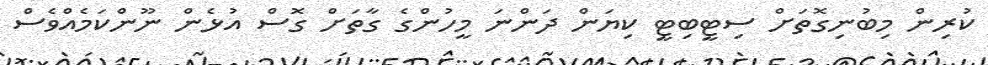
ކުރިން މިބުނިގޮތަށް ސިޓީބިޓީ ކިޔަން ދަންނަ މީހުންގެ ގާތަށް ގޮސް އުޅެން ނޫންކަމެއްވެސް